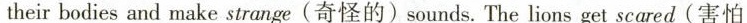
their bodies and make strange(奇怪的)sounds. The lions get scared(害怕